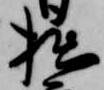
拙